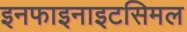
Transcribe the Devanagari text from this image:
इनफाइनाइटसिमल